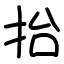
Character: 抬